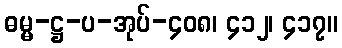
ဓမ္မ-ဋ္ဌ-ပ-အုပ်-၄၀၈၊ ၄၁၂၊ ၄၁၇။